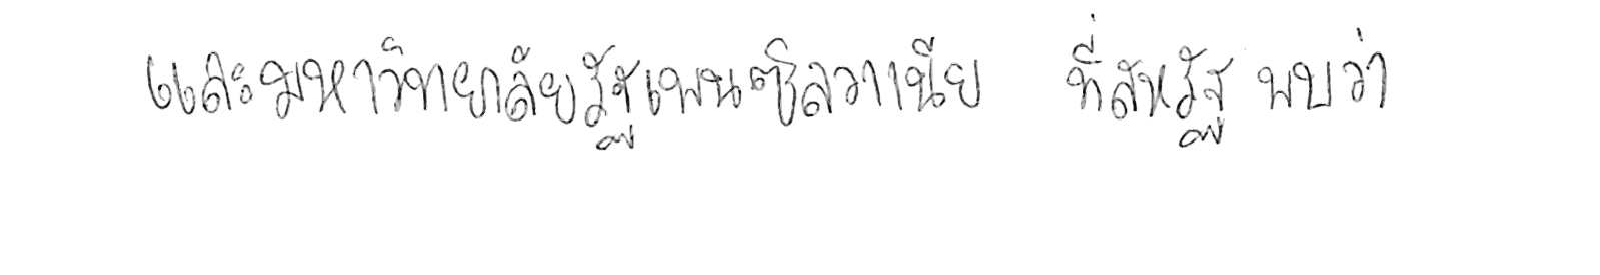
และมหาวิทยาลัยรัฐเพนซิลวาเนีย ที่สหรัฐ พบว่า